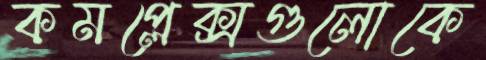
কমপ্লেক্সগুলোকে